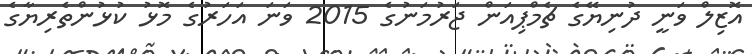
އޮޒިލް ވަނީ ދުނިޔޭގެ ޗެމްޕިއަން ޖަރުމަނުގެ 2015 ވަނަ އަހަރުގެ މޮޅު ކުޅުންތެރިޔާގެ